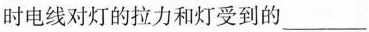
时电线对灯的拉力和灯受到的___